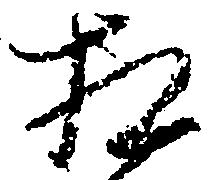
相